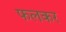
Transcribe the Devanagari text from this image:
फलकर